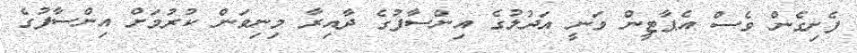
ފެށިގެން ވެސް އެޕާޓީން ވަނީ އަދުލުގެ އިންސާފުގެ ދާއިރާ މިނިވަން ކުރުމަށް އިންސާފުގެ